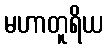
မဟာတူရိယ